Leaving Certificate Examination, 1911
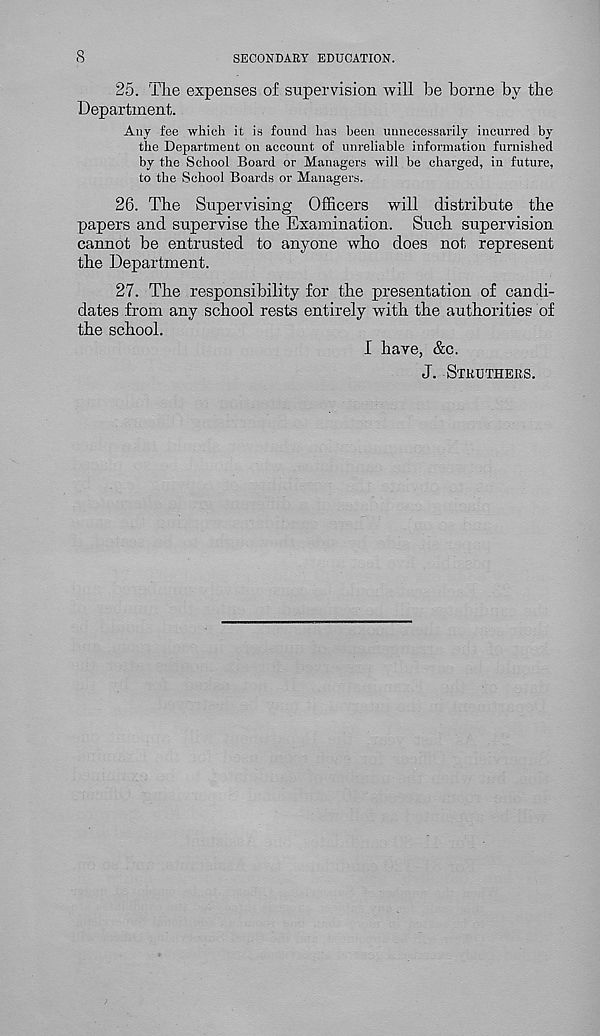
8
SECONDARY EDUCATION.
25. The expenses of supervision will be borne by the
Department.
Any fee which it is found has been unnecessarily incurred by
the Department on account of unreliable information furnished
by the School Board or Managers will be charged, in future,
to the School Boards or Managers.
26. The Supervising Officers will distribute the
papers and supervise the Examination. Such supervision
cannot be entrusted to anyone who does not represent
the Department.
27. The responsibility for the presentation of candi-
dates from any school rests entirely with the authorities of
the school.
I have, &c.
J. STKUTHERS.